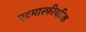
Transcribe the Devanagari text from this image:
एटमास्फीयरिक